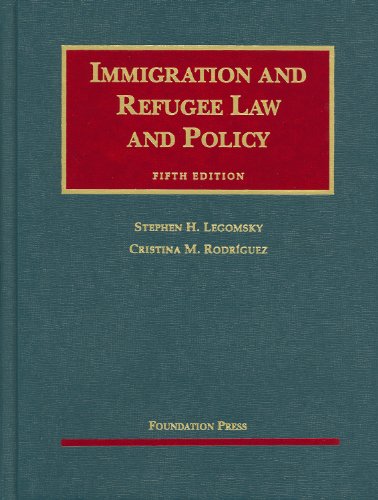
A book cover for Immigration and Refugee Law and Policy (University Casebook Series); Stephen Legomsky; Law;